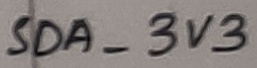
Text: SDA_3V3